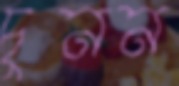
চুনন